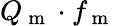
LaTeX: Q_{\mathrm{~m~}}\cdot f_{\mathrm{~m~}}